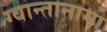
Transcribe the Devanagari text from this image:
ग्वान्तानामो